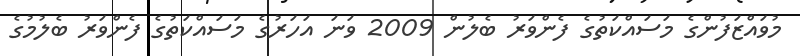
މުވައްޒަފުންގެ މަސައްކަތުގެ ފެންވަރު ބެލުން 2009 ވަނަ އަހަރުގެ މަސައްކަތުގެ ފެންވަރު ބެލުމުގެ